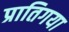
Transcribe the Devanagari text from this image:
प्रातिगया